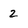
Character: 2